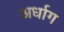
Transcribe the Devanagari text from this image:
अर्धाग